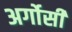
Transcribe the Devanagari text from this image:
अर्गोसी